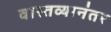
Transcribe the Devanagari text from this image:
वास्तव्यानंतर